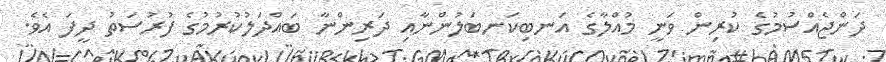
ދަންޖެއްސުމުގެ ކުރިން ވަނީ މުއްލާގެ އަނބިކަނބަލުންނާއި ދަރިންނާ ބައްދަލުކުރުމުގެ ފުރުސަތު ދީފަ އެވެ.